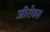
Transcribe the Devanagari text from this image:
जीरोक्स